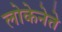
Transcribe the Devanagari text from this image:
लोकेनेते